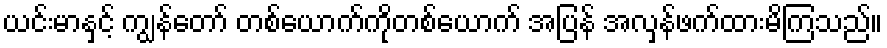
ယင်းမာနှင့် ကျွန်တော် တစ်ယောက်ကိုတစ်ယောက် အပြန် အလှန်ဖက်ထားမိကြသည်။